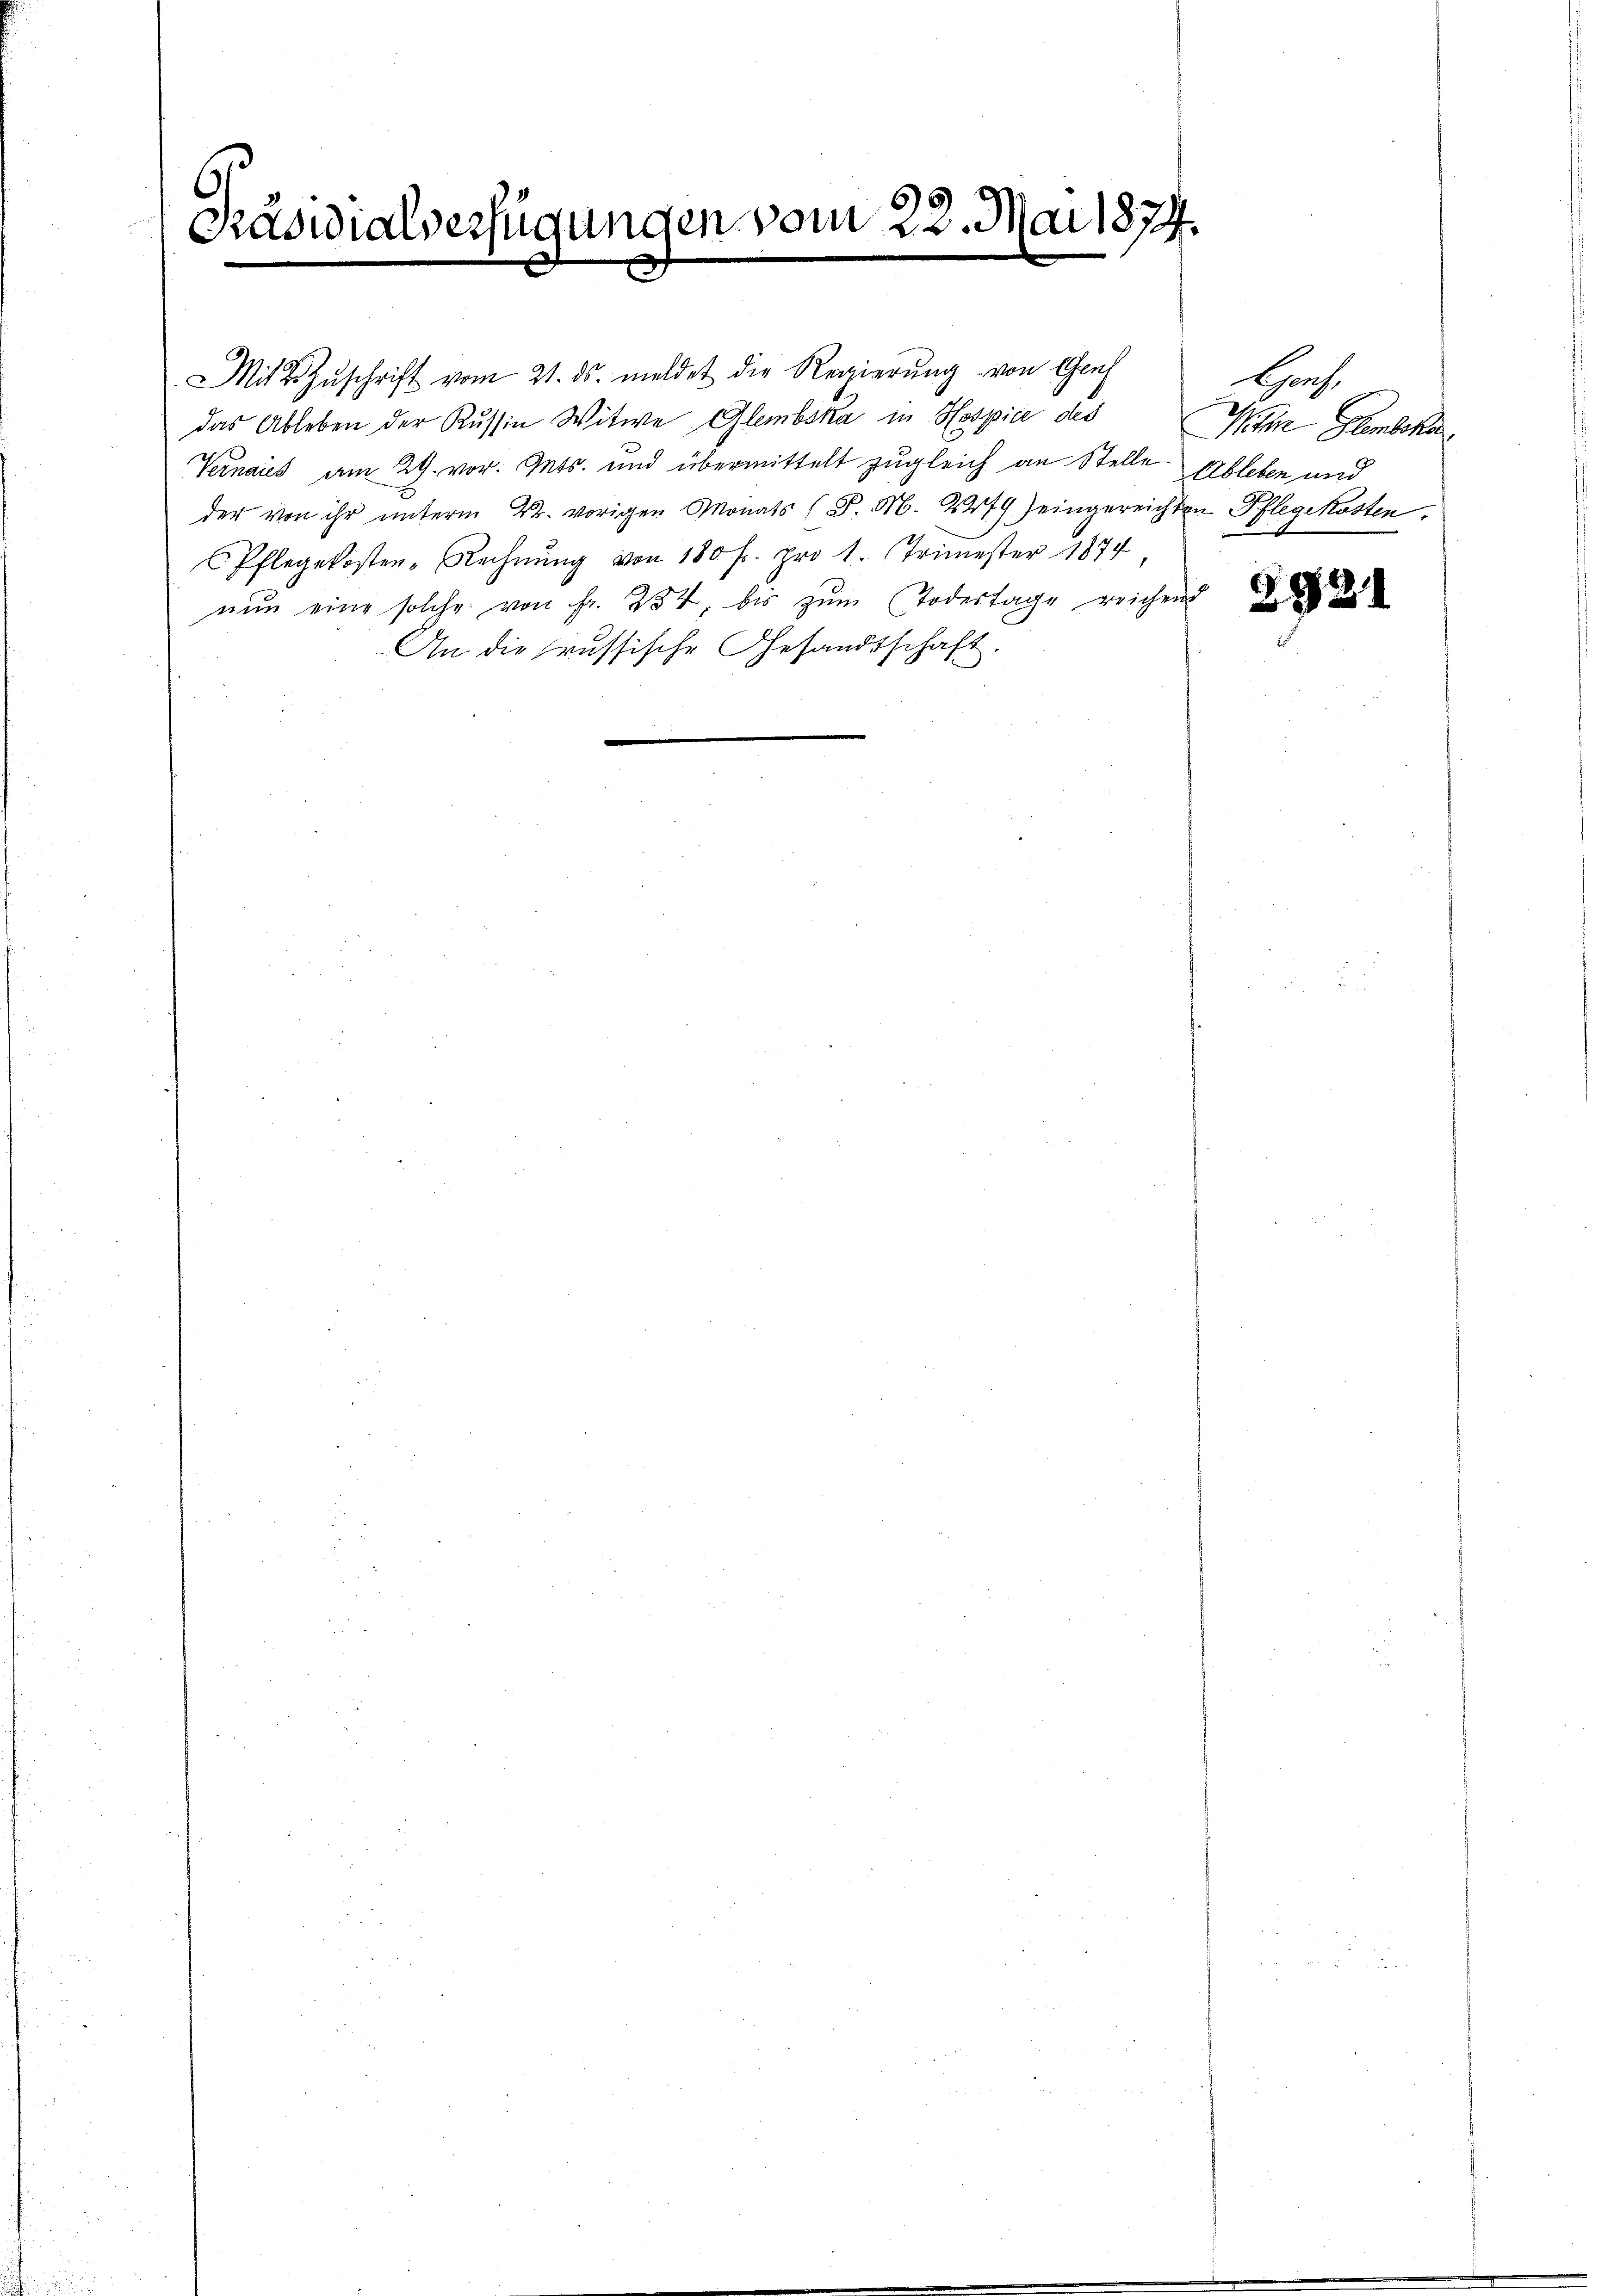
Präsidialverfügungen vom 22. Mai 1874.

Mit 2 Zŭschrift vom 21. ds. meldet die Regierung von Gruf
das Ableben der Russin Witwe Glembska in Hospice des
Vernaies am 29. vor. Mts. und übermittelt zugleich an Stelle Ableben und
der von ihr unterm 22. vorigen Monats (S. M. 279 eingereichten Pflegekosten.
Pflegekosten-Rechnŭng von 180 fr. pro 1. Trimester 1874
nŭn eine solche von Fr. 234 bis zŭm Todestage reichen
An die russische Gesandtschaft.

ljanz,
Wither Glembka